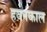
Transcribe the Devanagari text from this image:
हवनकाल